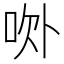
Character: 𰇚